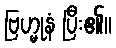
ဗြဟ္မုနံ ပြီး၏။